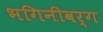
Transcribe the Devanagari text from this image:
भगिनीवर्ग